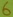
Text: 6